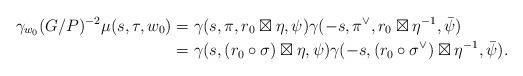
LaTeX: \begin{align*} \gamma_{w_{0}}(G/P)^{-2}\mu(s, \tau, w_{0}) &={\gamma(s, \pi, r_0 \boxtimes \eta, \psi) \gamma(-s, \pi^\vee, r_0 \boxtimes \eta^{-1}, \bar{\psi})} \\ & = \gamma(s, (r_0 \circ \sigma) \boxtimes \eta, \psi) \gamma(-s, (r_0 \circ \sigma^\vee) \boxtimes \eta^{-1}, \bar{\psi}). \end{align*}